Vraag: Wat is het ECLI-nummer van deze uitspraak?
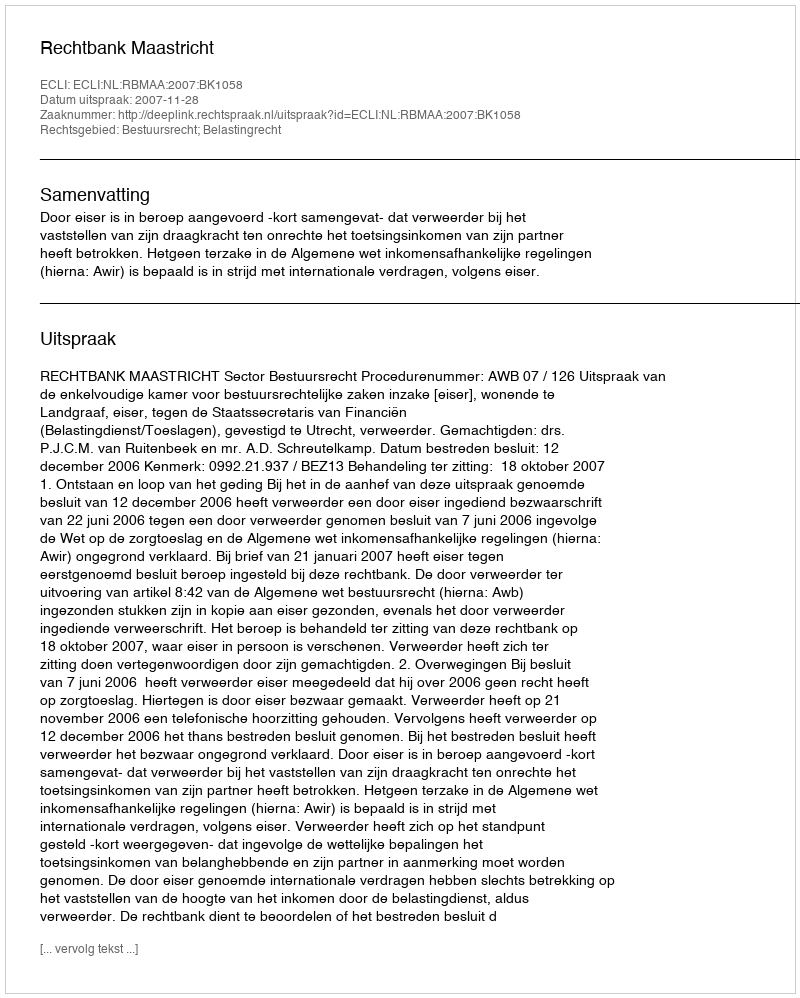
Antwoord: ECLI:NL:RBMAA:2007:BK1058